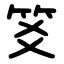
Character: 笅